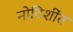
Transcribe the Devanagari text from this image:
नोटिशींत